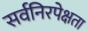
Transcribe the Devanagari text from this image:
सर्वनिरपेक्षता